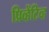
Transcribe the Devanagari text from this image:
प्रिव्हेंटिव्ह